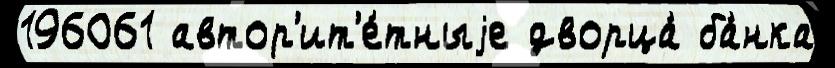
196061 автор'ит'е́тныjе дворца́ ба́нка